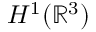
H ^ { 1 } ( \mathbb { R } ^ { 3 } )